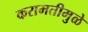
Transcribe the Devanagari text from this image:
करामतीमुळे